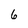
Character: 6